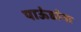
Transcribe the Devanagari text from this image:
पाऊंडांना